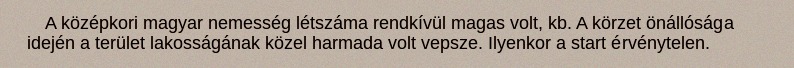
A középkori magyar nemesség létszáma rendkívül magas volt, kb. A körzet önállósága idején a terület lakosságának közel harmada volt vepsze. Ilyenkor a start érvénytelen.